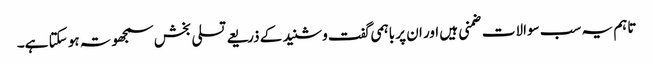
تاہم یہ سب سوالات ضمنی ہیں اور ان پر باہمی گفت وشنید کے ذریعے تسلی بخش سمجھوتہ ہو سکتا ہے۔